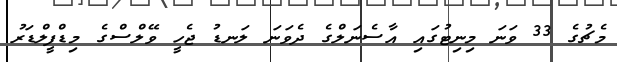
މެޗުގެ 33 ވަނަ މިނިޓުގައި އާސެނަލްގެ ދެވަނަ ލަނޑު ޖެހީ ވޭލްސްގެ މިޑްފީލްޑަރު